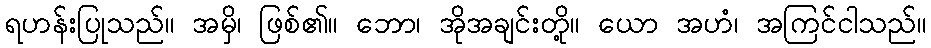
ရဟန်းပြုသည်။ အမှိ၊ ဖြစ်၏။ ဘော၊ အိုအချင်းတို့။ ယော အဟံ၊ အကြင်ငါသည်။